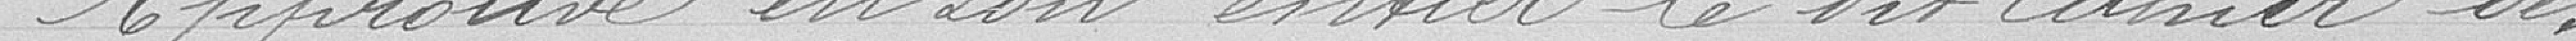
Approuve en son entier le dit cahier des